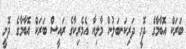
ބަރަކް އޮބާމާގެ ދޮށީ ދަރިކަނބަލުން މާލިއާ އެމެރިކާގެ ރައީސް ބަރަކް އޮބާމާގެ ދޮށީ